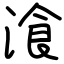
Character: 湌